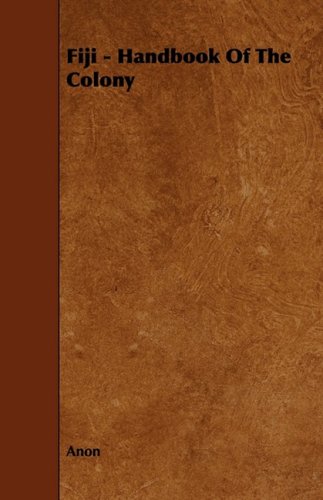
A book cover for Fiji - Handbook Of The Colony; Anon; Travel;